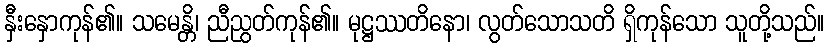
နှီးနှောကုန်၏။ သမေန္တိ၊ ညီညွတ်ကုန်၏။ မုဋ္ဌဿတိနော၊ လွတ်သောသတိ ရှိကုန်သော သူတို့သည်။